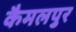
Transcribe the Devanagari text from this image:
कैमलपुर